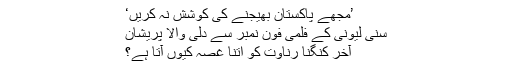
’مجھے پاکستان بھیجنے کی کوشش نہ کریں‘
سنی لیونی کے فلمی فون نمبر سے دلی والا پریشان
آخر کنگنا رناوت کو اتنا غصہ کیوں آتا ہے؟